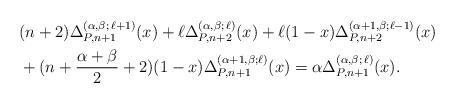
LaTeX: \begin{align*} & (n+2) \Delta_{P, n+1}^{( \alpha, \beta; \,\ell+1)} (x) + \ell \Delta_{P, n+2}^{( \alpha, \beta; \,\ell )} (x)+ \ell (1-x) \Delta_{P, n+2}^{( \alpha+1, \beta; \ell-1)} (x) \\ & + (n + \frac{\alpha + \beta}{2} + 2) (1-x) \Delta_{P, n+1}^{( \alpha + 1, \beta; \ell) } (x)= \alpha \Delta_{P, n+1}^{( \alpha, \beta; \,\ell )}(x). \end{align*}